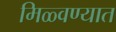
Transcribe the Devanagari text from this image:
मिळ्वण्यात